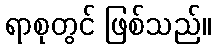
ရာစုတွင် ဖြစ်သည်။